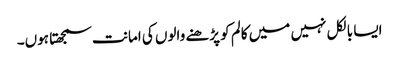
ایسا بالکل نہیں میں کالم کو پڑھنے والوں کی امانت سمجھتا ہوں۔